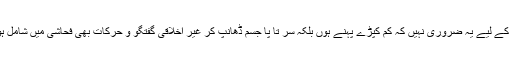
فحاشی کے لیے یہ ضروری نہیں کہ کم کپڑے پہنے ہوں بلکہ سر تا پا جسم ڈھانپ کر غیر اخلاقی گفتگو و حرکات بھی فحاشی میں شامل ہوں گی۔